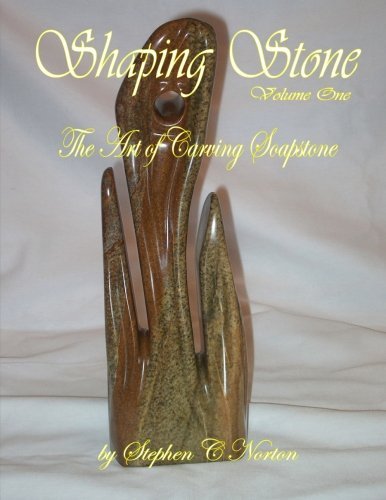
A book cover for Shaping Stone: The Art of Carving Soapstone (Volume 1); Stephen C Norton; Arts & Photography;